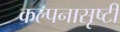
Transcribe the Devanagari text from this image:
कल्पनासृष्टी